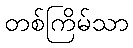
တစ်ကြိမ်သာ